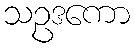
သဥဒကော